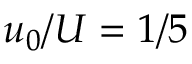
u _ { 0 } / U = 1 / 5